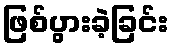
ဖြစ်ပွားခဲ့ခြင်း